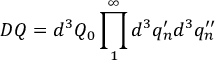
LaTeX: D Q = d ^ { 3 } Q _ { 0 } \prod _ { 1 } ^ { \infty } d ^ { 3 } q _ { n } ^ { \prime } d ^ { 3 } q _ { n } ^ { \prime \prime }